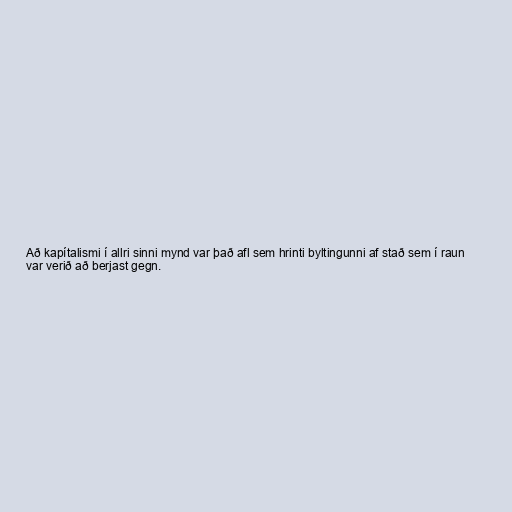
Að kapítalismi í allri sinni mynd var það afl sem hrinti byltingunni af stað sem í raun
var verið að berjast gegn.